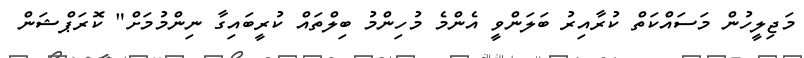
މަޖިލީހުން މަސައްކަތް ކުރާއިރު ބަލަންވީ އެންމެ މުހިންމު ބިލްތައް ކުރީބައިގާ ނިންމުމަށް" ކޮރަޕްޝަން